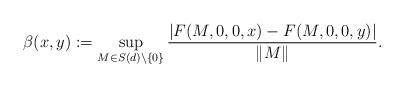
LaTeX: \begin{align*}\beta(x,y):=\sup_{M\in S(d)\setminus\{0\}}\frac{\left|F(M,0,0,x)-F(M,0,0,y)\right|}{\|M\|}.\end{align*}